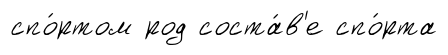
спо́ртом род соста́в'е спо́рта